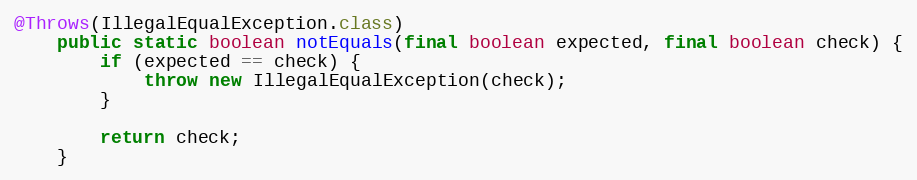
Language: Java
@Throws(IllegalEqualException.class)
	public static boolean notEquals(final boolean expected, final boolean check) {
		if (expected == check) {
			throw new IllegalEqualException(check);
		}

		return check;
	}